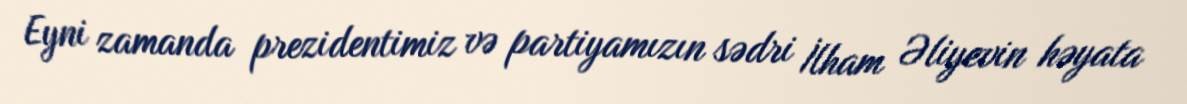
Eyni zamanda prezidentimiz və partiyamızın sədri İlham Əliyevin həyata